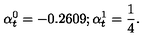
\alpha _ { t } ^ { 0 } = - 0 . 2 6 0 9 ; \alpha _ { t } ^ { 1 } = { \frac { 1 } { 4 } } .